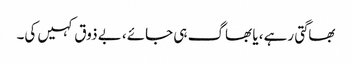
بھاگتی رہے، یا بھاگ ہی جائے، بے ذوق کہیں کی۔